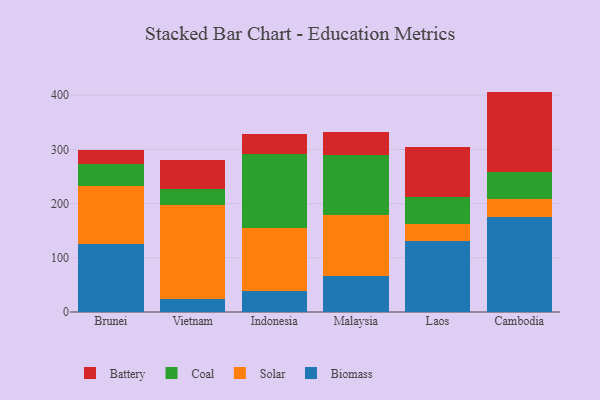
{"axis": {"x": "Country", "y": "Headcount"}, "legend": ["Battery", "Biomass", "Coal", "Solar"], "data": [{"x": "Brunei", "y": 125.4, "type": "Biomass"}, {"x": "Brunei", "y": 107.5, "type": "Solar"}, {"x": "Brunei", "y": 40.7, "type": "Coal"}, {"x": "Brunei", "y": 26.0, "type": "Battery"}, {"x": "Vietnam", "y": 24.2, "type": "Biomass"}, {"x": "Vietnam", "y": 173.2, "type": "Solar"}, {"x": "Vietnam", "y": 28.9, "type": "Coal"}, {"x": "Vietnam", "y": 54.6, "type": "Battery"}, {"x": "Indonesia", "y": 37.9, "type": "Biomass"}, {"x": "Indonesia", "y": 116.9, "type": "Solar"}, {"x": "Indonesia", "y": 137.4, "type": "Coal"}, {"x": "Indonesia", "y": 36.7, "type": "Battery"}, {"x": "Malaysia", "y": 65.6, "type": "Biomass"}, {"x": "Malaysia", "y": 112.9, "type": "Solar"}, {"x": "Malaysia", "y": 110.9, "type": "Coal"}, {"x": "Malaysia", "y": 42.9, "type": "Battery"}, {"x": "Laos", "y": 130.5, "type": "Biomass"}, {"x": "Laos", "y": 31.0, "type": "Solar"}, {"x": "Laos", "y": 50.1, "type": "Coal"}, {"x": "Laos", "y": 92.4, "type": "Battery"}, {"x": "Cambodia", "y": 174.9, "type": "Biomass"}, {"x": "Cambodia", "y": 33.3, "type": "Solar"}, {"x": "Cambodia", "y": 50.6, "type": "Coal"}, {"x": "Cambodia", "y": 147.8, "type": "Battery"}]}